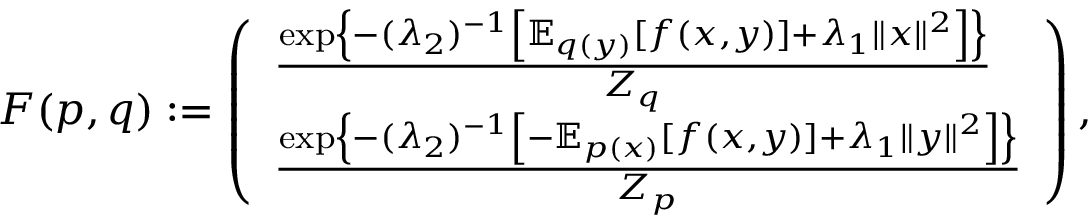
\begin{array} { r } { \boldsymbol { F } ( p , q ) : = \left( \begin{array} { l } { \frac { \exp \left\{ - ( \lambda _ { 2 } ) ^ { - 1 } \left[ \mathbb { E } _ { q ( y ) } [ f ( x , y ) ] + \lambda _ { 1 } \| x \| ^ { 2 } \right] \right\} } { Z _ { q } } } \\ { \frac { \exp \left\{ - ( \lambda _ { 2 } ) ^ { - 1 } \left[ - \mathbb { E } _ { p ( x ) } [ f ( x , y ) ] + \lambda _ { 1 } \| y \| ^ { 2 } \right] \right\} } { Z _ { p } } } \end{array} \right) , } \end{array}